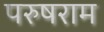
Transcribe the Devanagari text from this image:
परुषराम